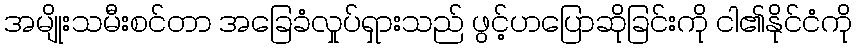
အမျိုးသမီးစင်တာ အခြေခံလှုပ်ရှားသည် ဖွင့်ဟပြောဆိုခြင်းကို ငါ၏နိုင်ငံကို